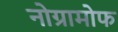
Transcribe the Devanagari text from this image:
नोग्रामोफ